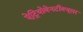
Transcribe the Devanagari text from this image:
ऐट्रियोवेनटीक्यूलर